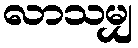
လာသမျှ